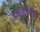
તારખન